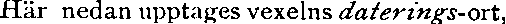
Här nedan upptages vexelns daterings-ort,